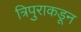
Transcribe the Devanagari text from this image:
त्रिपुराकडून